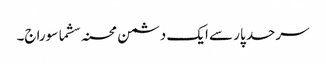
سرحد پار سے ایک دشمن محسنہ سشما سوراج۔